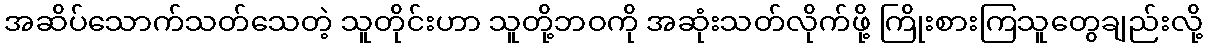
အဆိပ်သောက်သတ်သေတဲ့ သူတိုင်းဟာ သူတို့ဘဝကို အဆုံးသတ်လိုက်ဖို့ ကြိုးစားကြသူတွေချည်းလို့